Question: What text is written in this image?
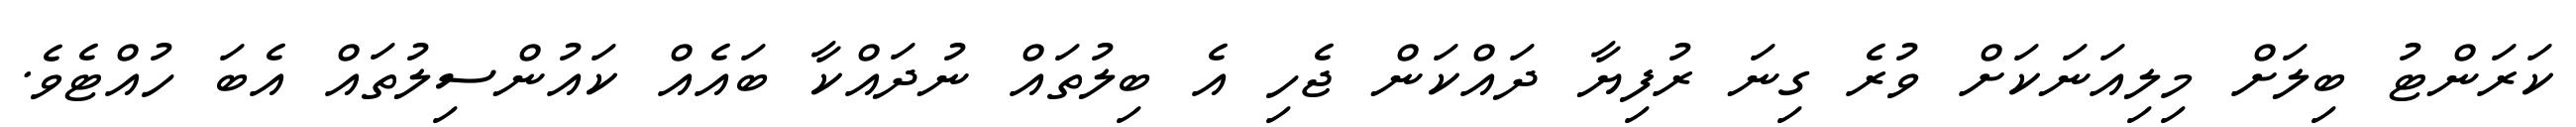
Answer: ކަރަންޓު ބިލަށް މިލިއަނަކަށް ވުރެ ގިނަ ރުފިޔާ ދައްކަން ޖެހި އެ ބިލުތައް ނުދައްކާ ބައެއް ކައުންސިލުތައް އެބަ ހުއްޓެވެ.